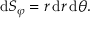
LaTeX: \mathrm { d } S _ { \varphi } = r \, \mathrm { d } r \, \mathrm { d } \theta .